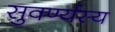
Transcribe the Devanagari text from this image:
सुवर्ण्यस्य